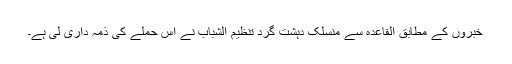
خبروں کے مطابق القاعدہ سے منسلک دہشت گرد تنظیم الشباب نے اس حملے کی ذمہ داری لی ہے۔